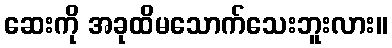
ဆေးကို အခုထိမသောက်သေးဘူးလား။